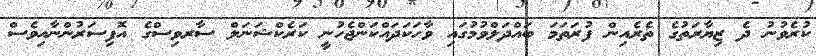
ކުރެވުނު ދެ ޒިޔާރަތުގެ ތެރެއިން ފުރަތަމަ ބައްދަލްވުމުގައި ވާހަކަދައްކަންޖެހުނީ ކަރެކްޝަނަލް ސާރވިސްގެ އޮފިސަރުންނާއިވެސް